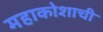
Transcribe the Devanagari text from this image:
महाकोशाची